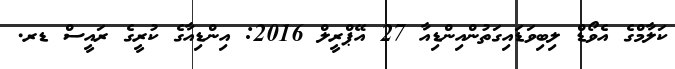
ކަލާމްގެ އެވޯޑް ލިބިވަޑައިގަތުންއިންޑިއާ 27 އޭޕްރީލް 2016: އިންޑިއާގެ ކުރީގެ ރައީސް ޑރ.